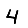
Digit: 4